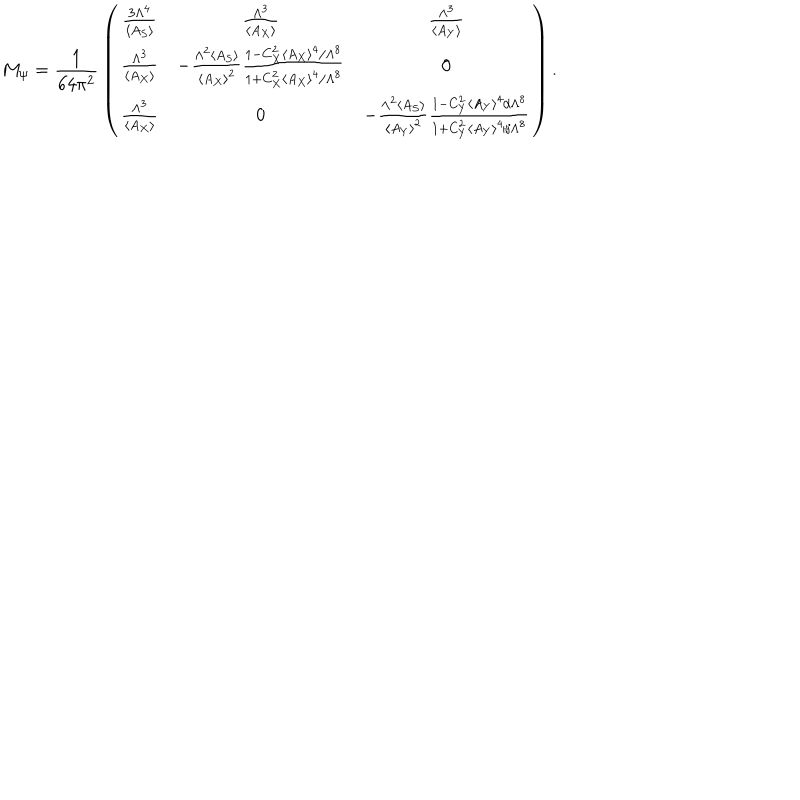
LaTeX: M _ { \psi } = { \frac { 1 } { 6 4 \pi ^ { 2 } } } \left( \begin{array} { c c c } { { { \frac { 3 \Lambda ^ { 4 } } { \langle A _ { S } \rangle } } } } & { { { \frac { \Lambda ^ { 3 } } { \langle A _ { X } \rangle } } } } & { { { \frac { \Lambda ^ { 3 } } { \langle A _ { Y } \rangle } } } } \\ { { { \frac { \Lambda ^ { 3 } } { \langle A _ { X } \rangle } } } } & { { - { \frac { \Lambda ^ { 2 } \langle A _ { S } \rangle } { \langle A _ { X } \rangle ^ { 2 } } } { \frac { 1 - C _ { X } ^ { 2 } \langle A _ { X } \rangle ^ { 4 } / \Lambda ^ { 8 } } { 1 + C _ { X } ^ { 2 } \langle A _ { X } \rangle ^ { 4 } / \Lambda ^ { 8 } } } } } & { { 0 } } \\ { { { \frac { \Lambda ^ { 3 } } { \langle A _ { X } \rangle } } } } & { { 0 } } & { { - { \frac { \Lambda ^ { 2 } \langle A _ { S } \rangle } { \langle A _ { Y } \rangle ^ { 2 } } } { \frac { 1 - C _ { Y } ^ { 2 } \langle A _ { Y } \rangle ^ { 4 } / \Lambda ^ { 8 } } { 1 + C _ { Y } ^ { 2 } \langle A _ { Y } \rangle ^ { 4 } / \Lambda ^ { 8 } } } } } \\ \end{array} \right) .